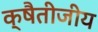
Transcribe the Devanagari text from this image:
क्षैतीजीय